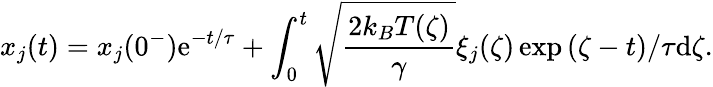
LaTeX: x_{j}(t)=x_{j}(0^{-})\textrm{e}^{-t/\tau}+\int_{0}^{t}\sqrt{\frac{2k_{B}T(\zeta)}{\gamma}}\xi_{j}(\zeta)\exp{(\zeta-t)/\tau}\textrm{d}\zeta.